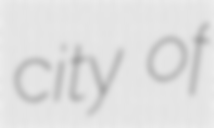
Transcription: city of